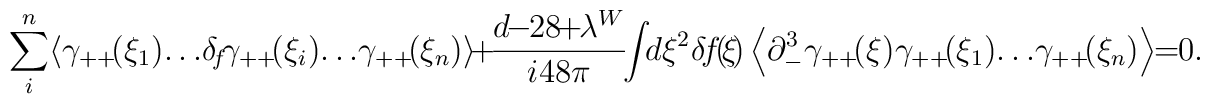
\sum^n_i  \! \left < \gamma_{++} \!  (\xi_1 ) \!\dots \! \delta_{\!f} \! \gamma_{++} \! (\xi_i ) \!\dots  \! \gamma_{++} \! (\xi_n)  \right > \!+ \! \frac{d  \! \! - \! \!  28  \! \! +  \! \! \lambda^W}{i 48 \pi} \! \! \int \!  \! d\xi^2  \! \, \delta \! f \! ( \! \xi \! )\left<  \partial_-^3 \gamma_{++} \! (  \xi  )\gamma_{++} \! (\xi_1 ) \! \dots  \! \gamma_{++} \!(\xi_n)  \right > \!  \! = \!  \! 0.